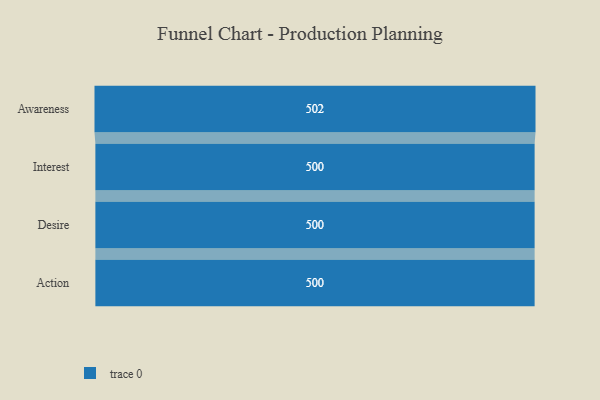
{"axis": {"x": "Stage", "y": "Value"}, "legend": [""], "data": [{"x": "Awareness", "y": 502.0, "type": ""}, {"x": "Interest", "y": 500, "type": ""}, {"x": "Desire", "y": 500, "type": ""}, {"x": "Action", "y": 500, "type": ""}]}